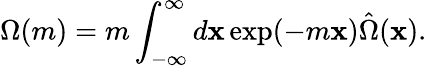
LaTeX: \Omega(m)=m\int_{-\infty}^{\infty}d\mathbf{x}\exp(-m\mathbf{x})\hat{{\Omega}}(\mathbf{x}).